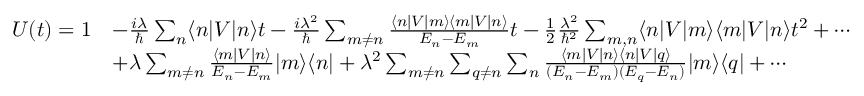
{ \begin{array} { r l } { U ( t ) = 1 } & { - { \frac { i \lambda } { \hbar } } \sum _ { n } \langle n | V | n \rangle t - { \frac { i \lambda ^ { 2 } } { \hbar } } \sum _ { m \neq n } { \frac { \langle n | V | m \rangle \langle m | V | n \rangle } { E _ { n } - E _ { m } } } t - { \frac { 1 } { 2 } } { \frac { \lambda ^ { 2 } } { \hbar ^ { 2 } } } \sum _ { m , n } \langle n | V | m \rangle \langle m | V | n \rangle t ^ { 2 } + \cdots } \\ & { + \lambda \sum _ { m \neq n } { \frac { \langle m | V | n \rangle } { E _ { n } - E _ { m } } } | m \rangle \langle n | + \lambda ^ { 2 } \sum _ { m \neq n } \sum _ { q \neq n } \sum _ { n } { \frac { \langle m | V | n \rangle \langle n | V | q \rangle } { ( E _ { n } - E _ { m } ) ( E _ { q } - E _ { n } ) } } | m \rangle \langle q | + \cdots } \end{array} }